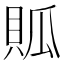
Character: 𧵟